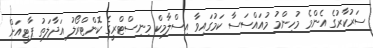
ސަރުކާރުގެ އެންމެ މުހިންމު މުއައްސަސާ ކަމުގައިވާ އިސްލާމިކް މިނިސްޓްރީގެ ކޮންޓްރޯލު އަދާލަތު ޕާޓީއަށް